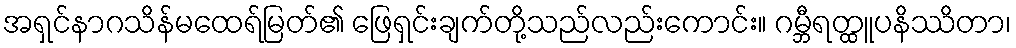
အရှင်နာဂသိန်မထေရ်မြတ်၏ ဖြေရှင်းချက်တို့သည်လည်းကောင်း။ ဂမ္ဘီရတ္ထူပနိဿိတာ၊